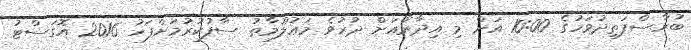
ބުރާސްފަތިދުވަހުގެ 10:00 އަށް މި އިދާރާއަށް ދުރުވެ މަޢުލޫމާތު ސާފުކުރުމަށްފަހު 2016 އޮގަސްޓު